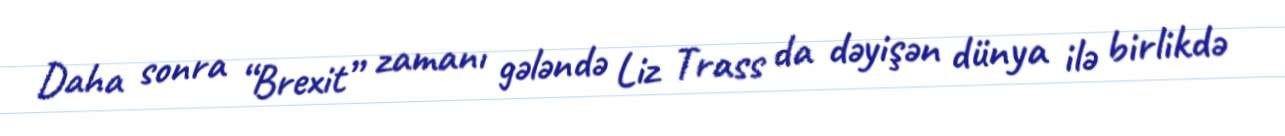
Daha sonra “Brexit” zamanı gələndə Liz Trass da dəyişən dünya ilə birlikdə